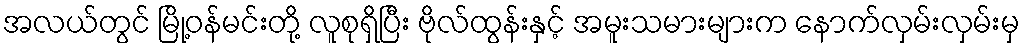
အလယ်တွင် မြို့ဝန်မင်းတို့ လူစုရှိပြီး ဗိုလ်ထွန်းနှင့် အမူးသမားများက နောက်လှမ်းလှမ်းမှ